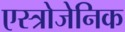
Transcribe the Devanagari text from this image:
एस्त्रोजेनिक